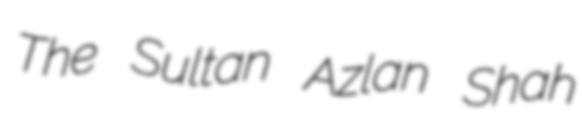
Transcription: The Sultan Azlan Shah